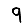
Digit: 9